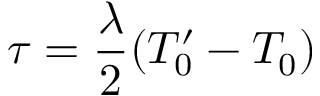
\tau = \frac { \lambda } { 2 } ( T _ { 0 } ^ { \prime } - T _ { 0 } )